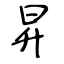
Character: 昇